Indian Medical Review
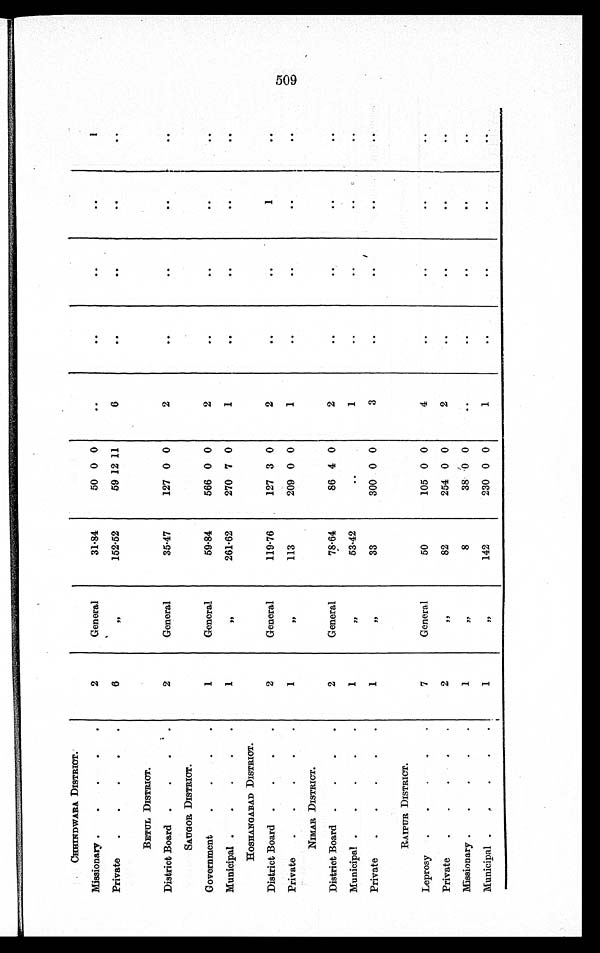
CHHINDWARA DISTRICT.
Missionary
2
General
31.84
50 0 0
..
..
..
..
1
Private
6
"152.52
59 12 11
6
. .
. . ..
..
BETUL DISTRICT.
District Board
2
General
35.47
127 0 0
2
. .
. .
. .
. .
SAUGOR DISTRICT.
Government
1
General
59.84
566 0 0
2
..
..
..
. .
Municipal
1
"261.62
270 7 0
1
. .
. .
. .
. .
HOSHANGABAD DISTRICT.
District Board
2
General
119.76
127 3 0
2
..
..
1
..
Private
1
"
113
209 0 0
1
..
..
..
. .
NIMAR DISTRICT.
District Board
2
General
78.64
86 4 0
2
..
..
. . ..
Municipal
1
" 53.42
..
1
..
..
..
..
Private
1
" 33
300 0 0
3
..
..
..
..
RAIPUR DISTRICT.
Leprosy
7
General
50
105 0 0
4
..
..
..
..
Private
2
" 82
254 0 0
2
..
..
..
..
Missionary
1
" 8
38 0 0
..
..
..
. .
. .
Municipal
1
"142
230 0 0
1
..
..
..
. .